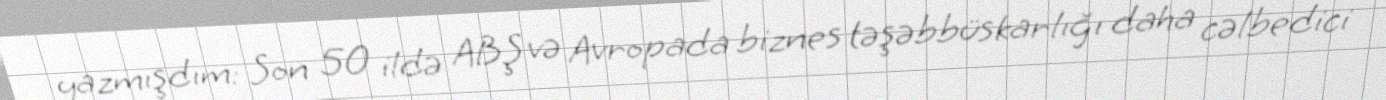
yazmışdım: Son 50 ildə ABŞ və Avropada biznes təşəbbüskarlığı daha cəlbedici